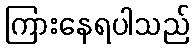
ကြားနေရပါသည်